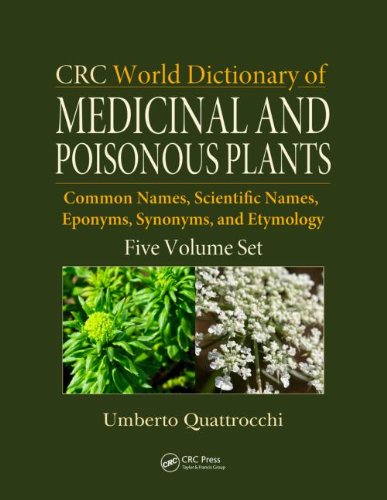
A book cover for CRC World Dictionary of Medicinal and Poisonous Plants: Common Names, Scientific Names, Eponyms, Synonyms, and Etymology (5 Volume Set); Umberto Quattrocchi; Medical Books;